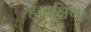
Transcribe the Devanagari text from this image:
हैं।दक्षिणी